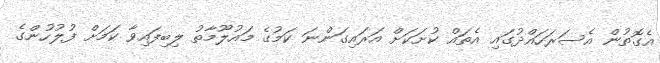
އެގޮތުން އެސަރަހައްދުގައި އެތައް ކުށަކަށް އަރައިގަންނަ ކަމުގެ މައުލޫމާތު ލިބިފައިވާ ކަމަށް ފުލުހުންގެ